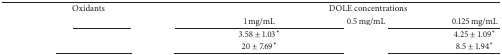
<table><thead><tr><td colspan="2"><b>Oxidants</b></td><td colspan="3"><b>DOLE concentrations</b></td></tr><tr><td colspan="2">[EMPTY_CELL]</td><td><b>1 mg/mL</b></td><td><b>0.5 mg/mL</b></td><td><b>0.125 mg/mL</b></td></tr></thead><tbody><tr><td>[EMPTY_CELL]</td><td>[EMPTY_CELL]</td><td>3.58 ± 1.03<sup>*</sup></td><td>[EMPTY_CELL]</td><td>4.25 ± 1.09<sup>*</sup></td></tr><tr><td>[EMPTY_CELL]</td><td>[EMPTY_CELL]</td><td>20 ± 7.69<sup>*</sup></td><td>[EMPTY_CELL]</td><td>8.5 ± 1.94<sup>*</sup></td></tr></tbody></table>